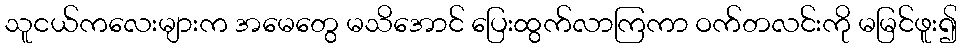
သူငယ်ကလေးများက အမေတွေ မသိအောင် ပြေးထွက်လာကြကာ ဝက်တလင်းကို မမြင်ဖူး၍